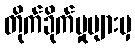
တိုက်ခိုက်မှုများမှ